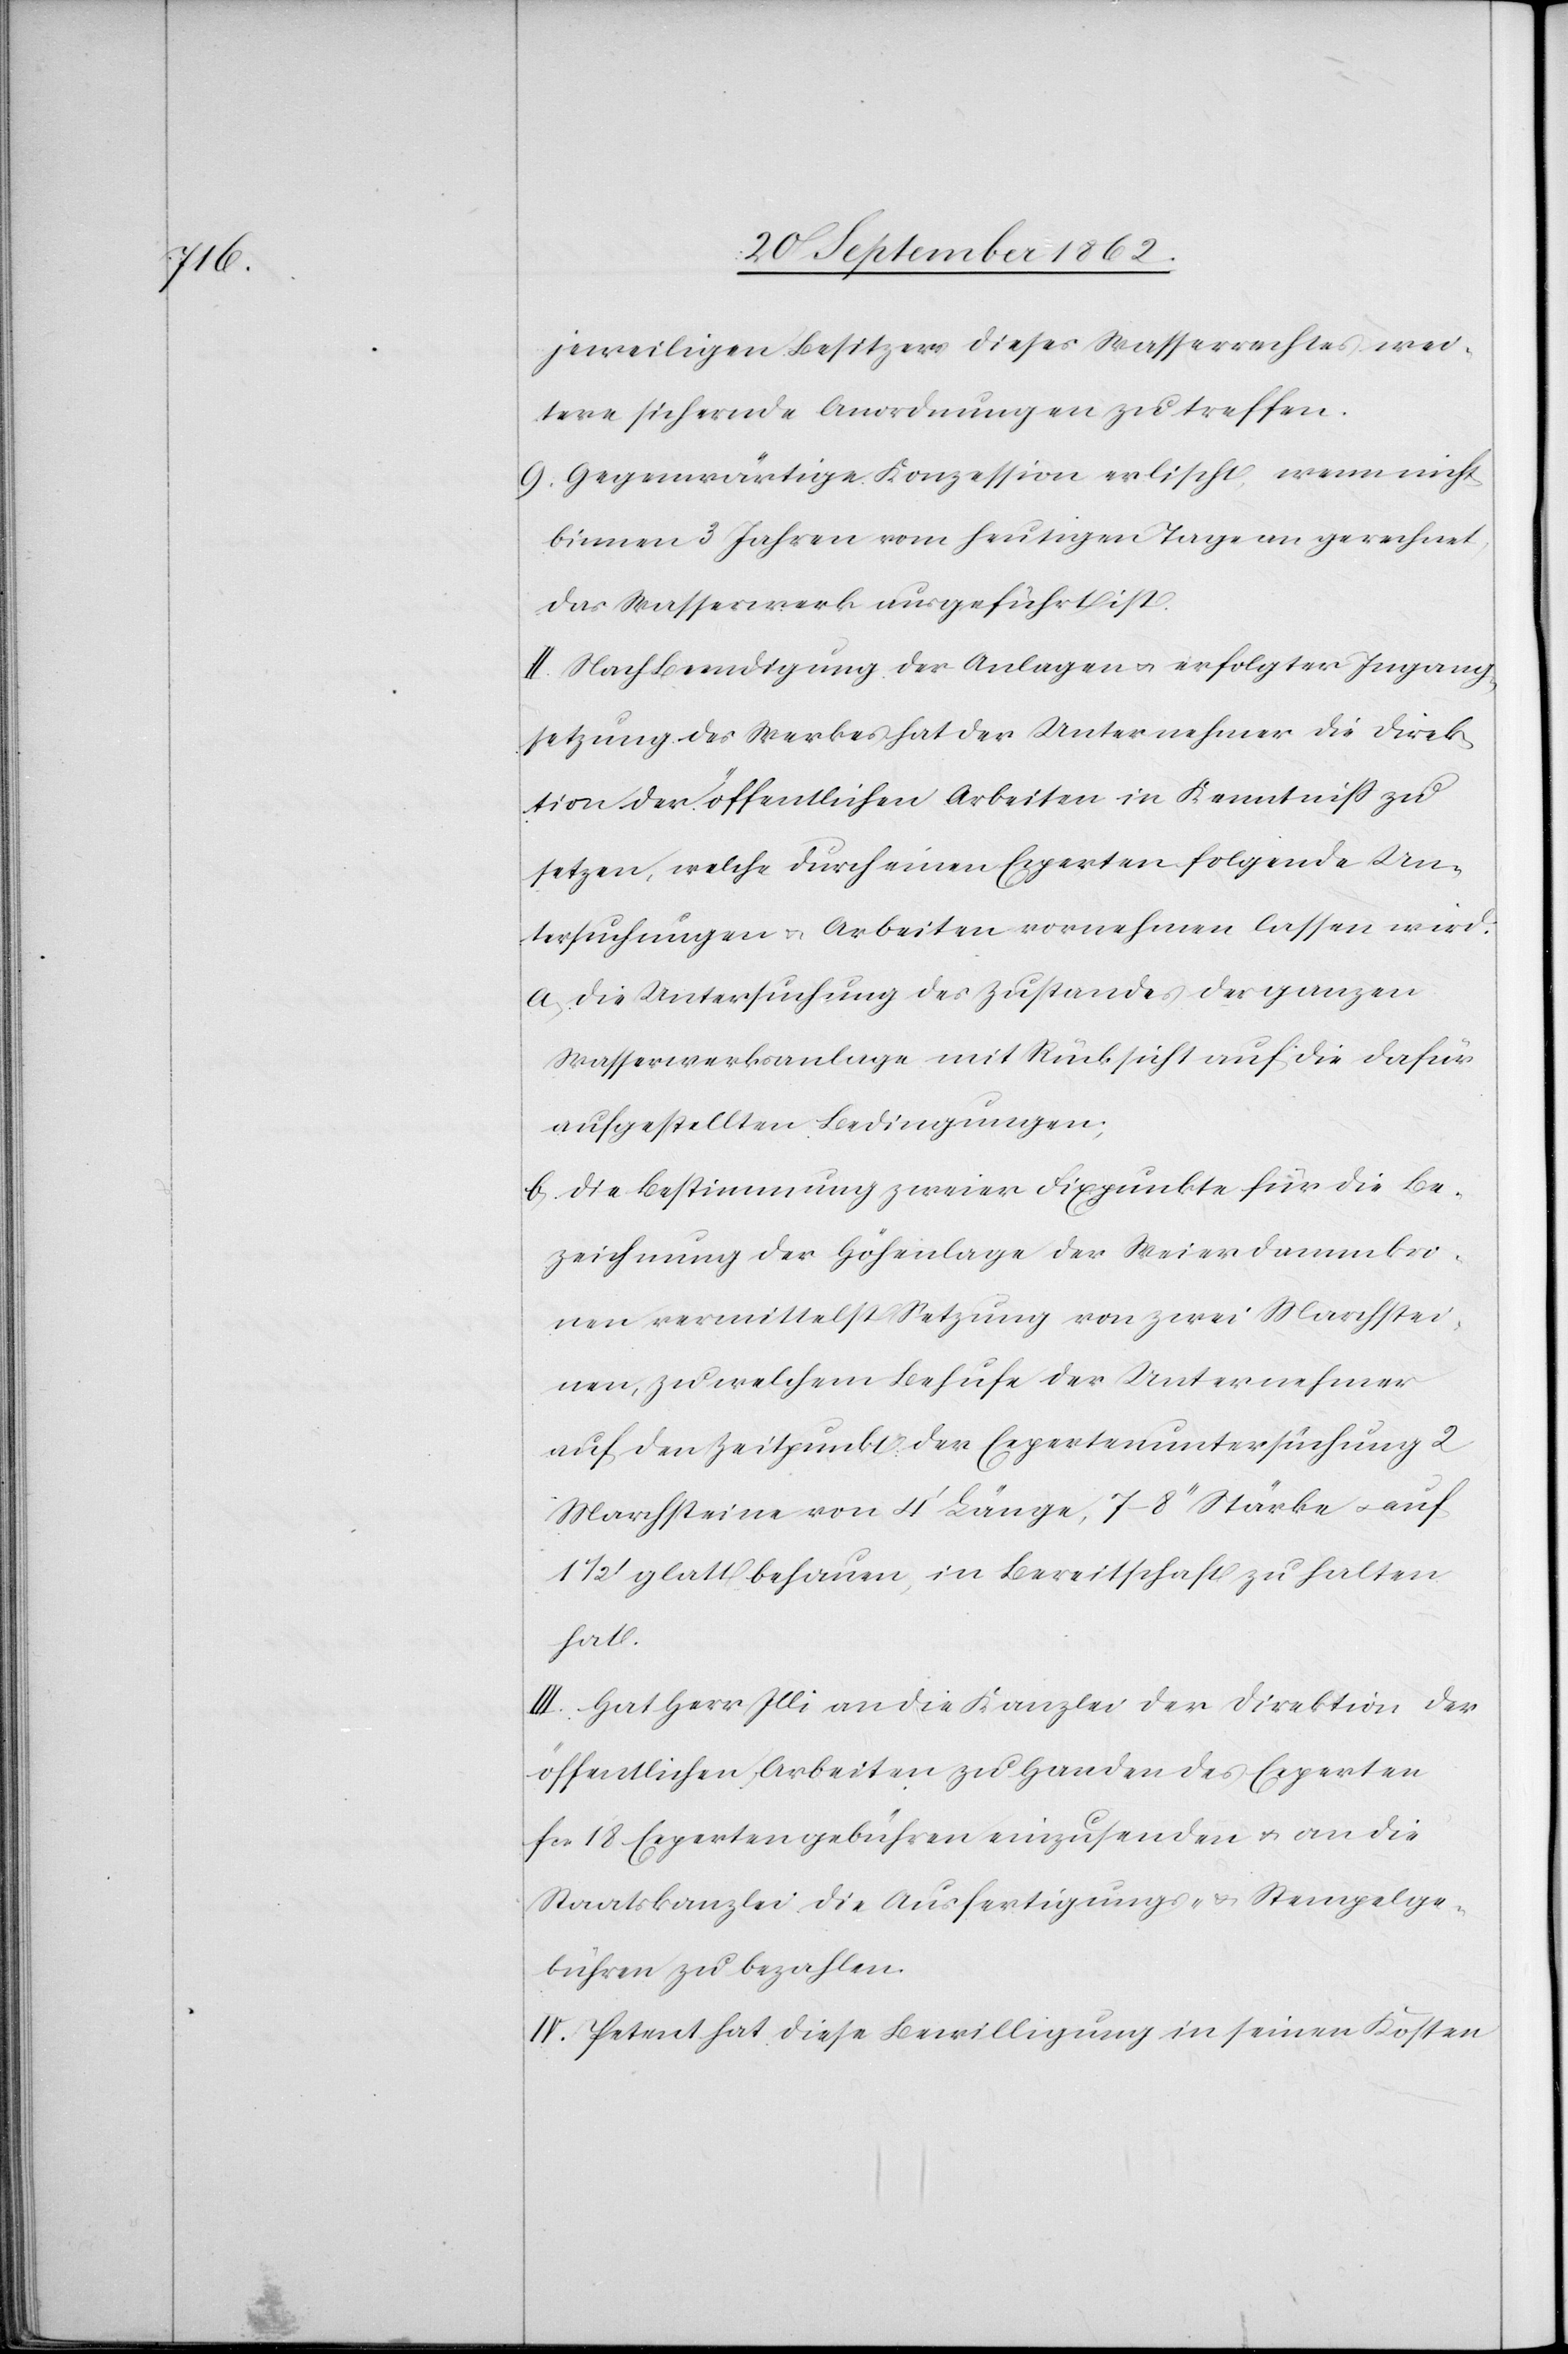
jeweiligen Besitzers dieses Wasserrechtes wei¬
tere sichernde Anordnungen zu treffen.
9. Gegenwärtige Konzession erlischt, wenn nicht
binnen 3 Jahren vom heutigen Tage an gerechnet
das Wasserwerk ausgeführt ist.
II. Nach Beendigung der Anlagen u. erfolgter Ingang¬
setzung des Werkes hat der Unternehmer die Direk¬
tion der öffentlichen Arbeiten in Kenntniß zu
setzen, welche durch einen Experten folgende Un¬
tersuchungen u. Arbeiten vornehmen lassen wird.
a. Die Untersuchung des Zustandes der ganzen
Wasserwerksanlage mit Rücksicht auf die dafür
aufgestellten Bedingungen;
b. Die Bestimmung zweier Fixpunkte für die Be¬
zeichnung der Höhenlage der Weierdammkro¬
nen vermittelst Setzung von zwei Machstei¬
nen, zu welchem Behufe der Unternehmer
auf den Zeitpunkt der Expertenuntersuchung 2
Marchsteine von 4’ Länge, 7–8’’ Stärke u. auf
1/2’ glatt behauen, in Bereitschaft zu halten
hat.
der
III. Hat Herr Illi an die Kanzlei der Direktion
öffentlichen Arbeiten zu Handen des Experten
fcs. 18 Expertengebühren einzusenden u. an die
Staatskanzlei die Ausfertigungs- u. Stempelge¬
bühren zu bezahlen.
IV. Petent hat diese Bewilligung in seinen Kosten